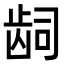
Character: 𬹿